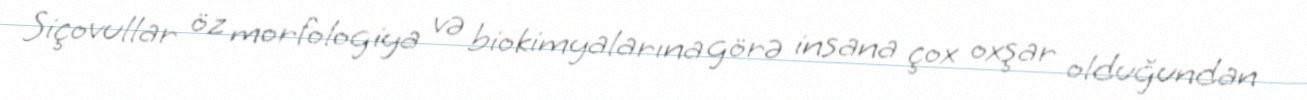
Siçovullar öz morfologiya və biokimyalarına görə insana çox oxşar olduğundan